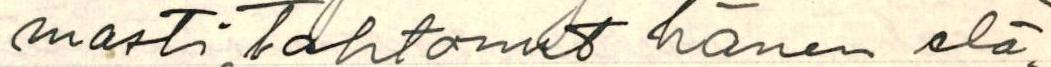
masti tahtonut hänen elä-